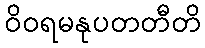
ဝိဝရမနုပတတီတိ